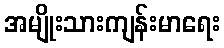
အမျိုးသားကျန်းမာရေး